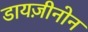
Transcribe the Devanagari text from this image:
डायज़ीनोन